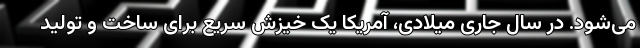
می‌شود. در سال جاری میلادی، آمریکا یک خیزش سریع برای ساخت و تولید